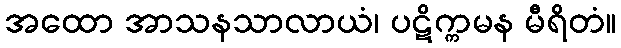
အထော အာသနသာလာယံ၊ ပဋိက္ကမန မီရိတံ။